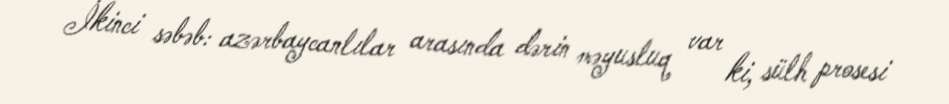
İkinci səbəb: azərbaycanlılar arasında dərin məyusluq var ki, sülh prosesi